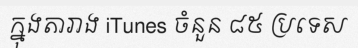
ក្នុងតារាង iTunes ចំនួន ៨៥ ប្រទេស